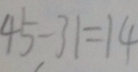
4 5 - 3 1 = 1 4